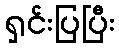
ရှင်းပြပြီး